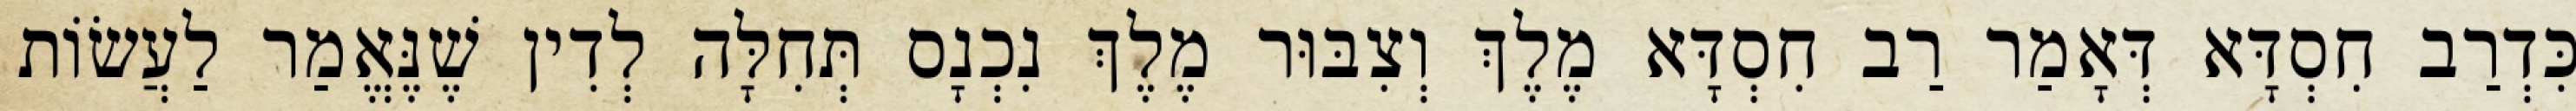
כִּדְרַב חִסְדָּא דְּאָמַר רַב חִסְדָּא מֶלֶךְ וְצִבּוּר מֶלֶךְ נִכְנָס תְּחִלָּה לְדִין שֶׁנֶּאֱמַר לַעֲשׂוֹת